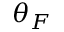
\theta _ { F }